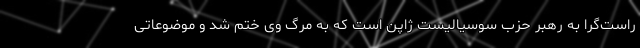
راست‌گرا به رهبر حزب سوسیالیست ژاپن است که به مرگ وی ختم شد و موضوعاتی